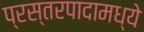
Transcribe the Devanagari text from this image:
प्रस्तरपादामध्ये